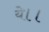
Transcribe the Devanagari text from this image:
ये।।